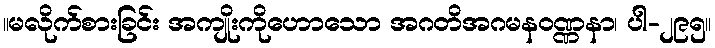
။မလိုက်စားခြင်း အကျိုးကိုဟောသော အဂတိအဂမနဝဏ္ဏနာ၊ ပါ-၂၉၅။